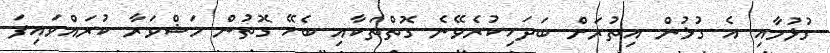
ގުޅުމާއި އެ ގުޅުން އިތުރަށް ބަދަހިކުރެވޭނެ ގޮތްތަކާއި ބެހޭ ގޮތުން މަޝްވަރާ ކުރައްވައިފަ